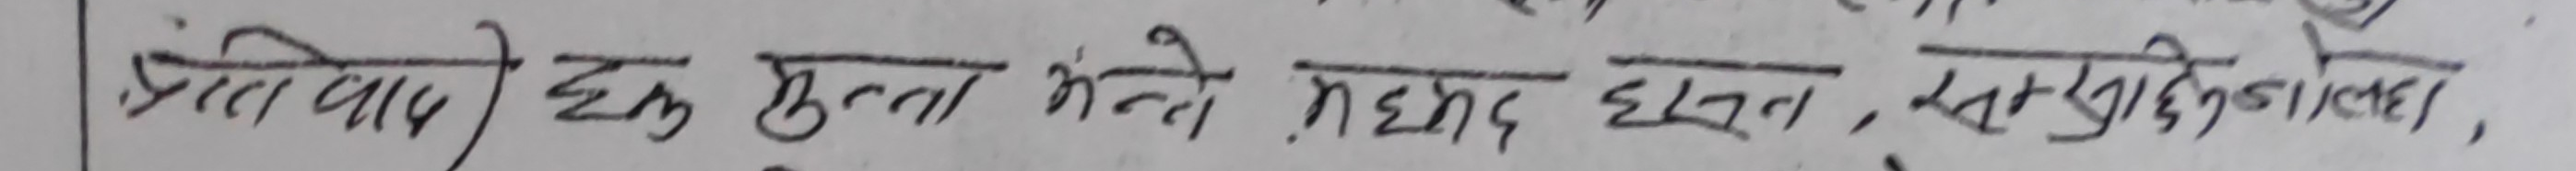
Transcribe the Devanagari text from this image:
जिल्ला बाध्ये हक मुद्दा भन्ने मद्धद हुसन, सरहद्दीन अठौहर